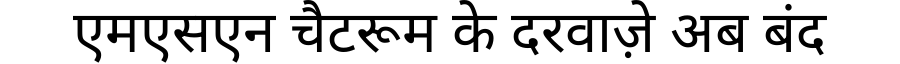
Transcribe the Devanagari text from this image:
एमएसएन चैटरूम के दरवाज़े अब बंद